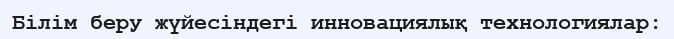
Білім беру жүйесіндегі инновациялық технологиялар: